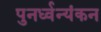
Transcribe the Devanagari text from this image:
पुनर्ध्वन्यंकन